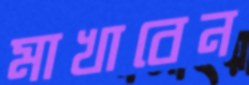
মাখাবেন